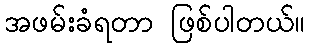
အဖမ်းခံရတာ ဖြစ်ပါတယ်။